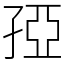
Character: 孲